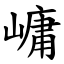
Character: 㟾